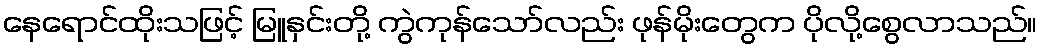
နေရောင်ထိုးသဖြင့် မြူနှင်းတို့ ကွဲကုန်သော်လည်း ဖုန်မိုးတွေက ပိုလို့စွေလာသည်။